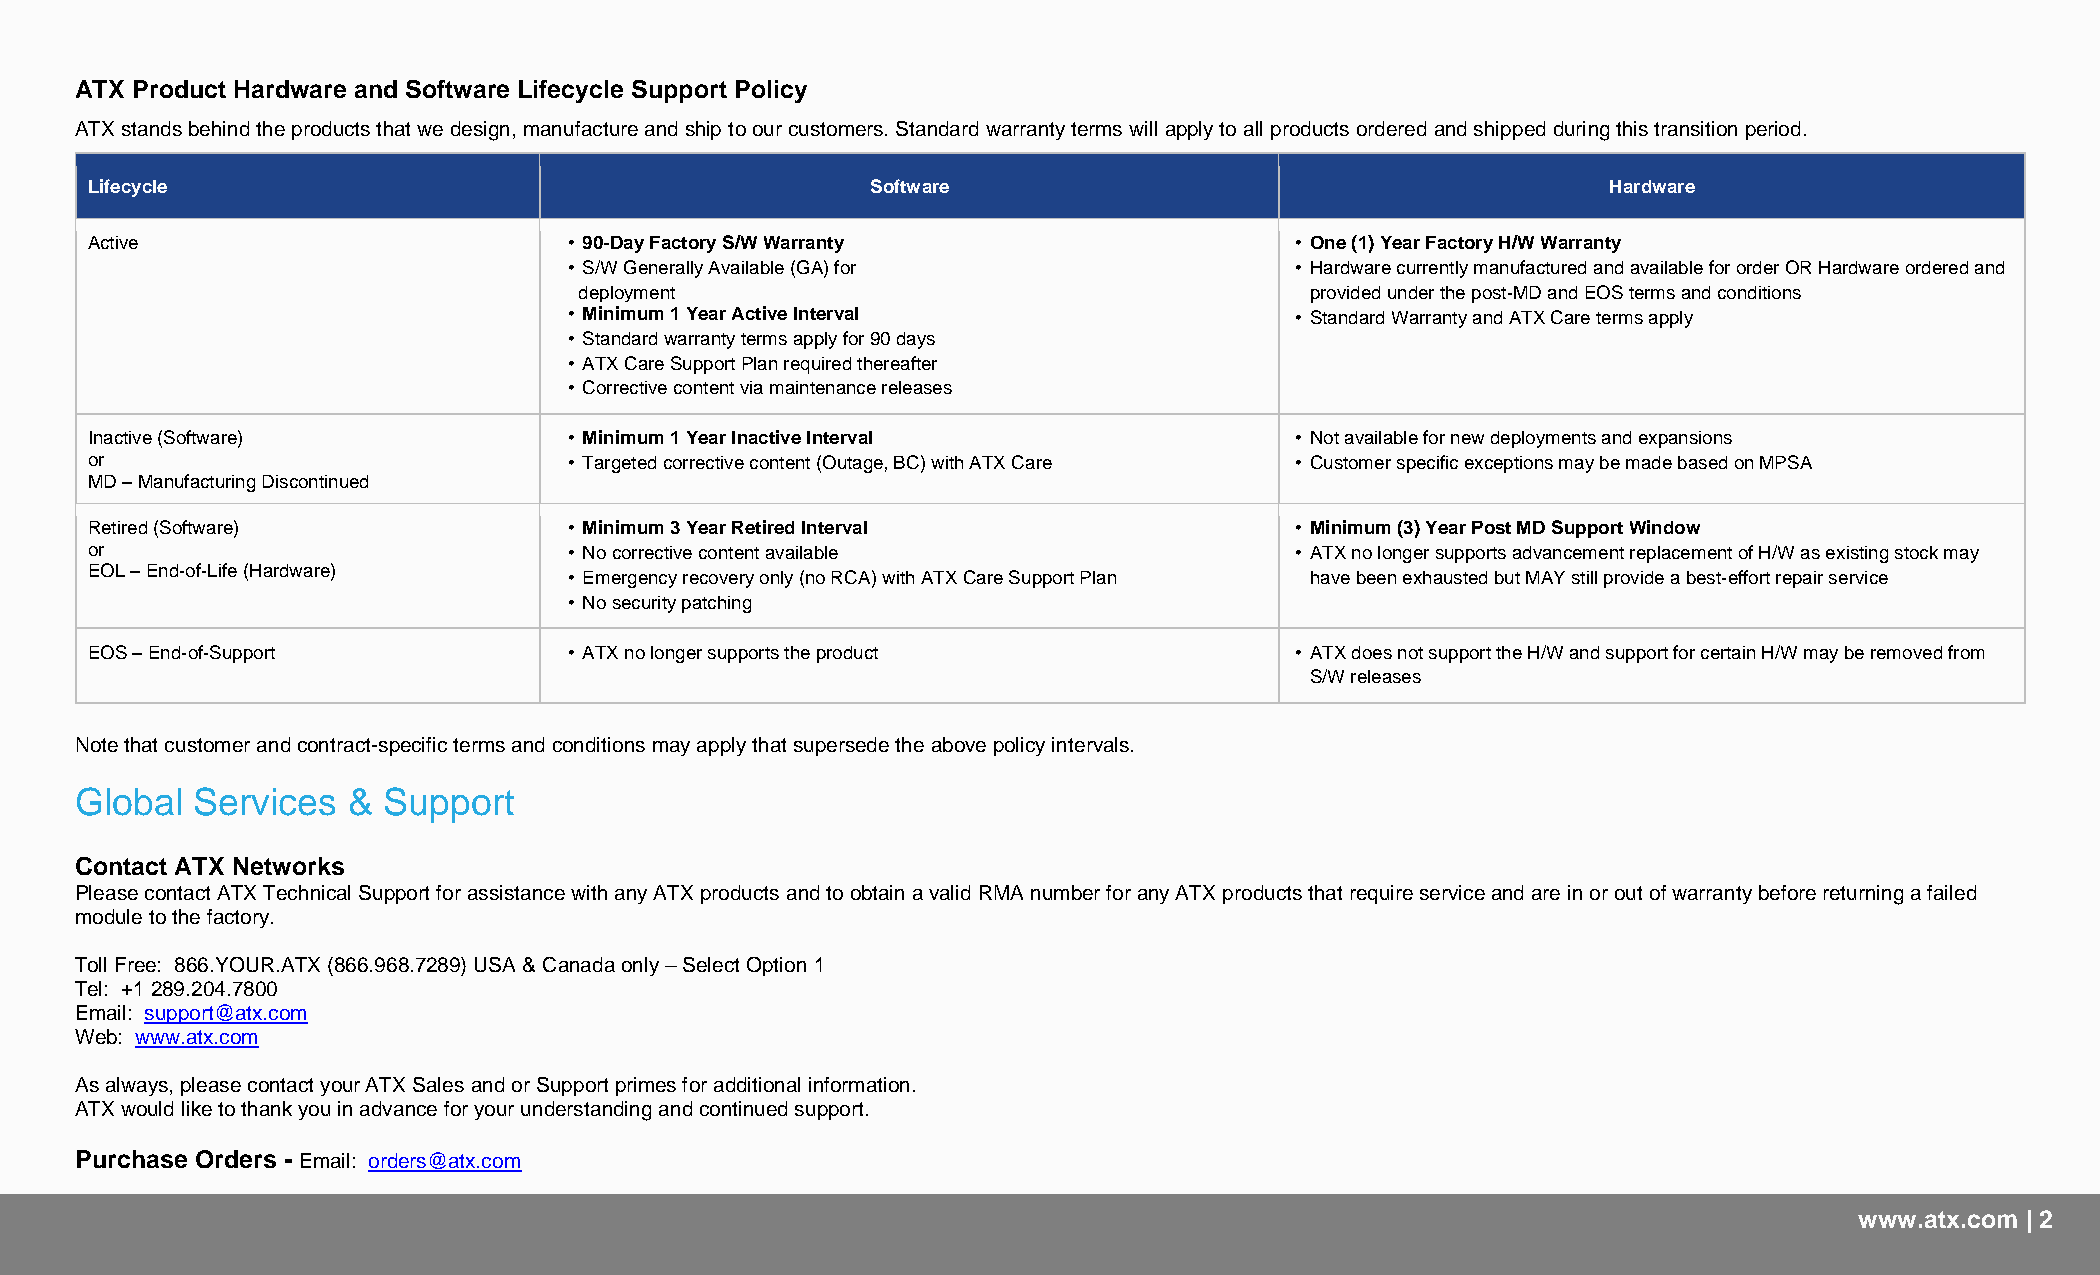
ATX Product Hardware and Software Lifecycle Support Policy
 ATX stands behind the products that we design, manufacture and ship to our customers. Standard warranty terms will apply to all products ordered and shipped during this transition period.
 Lifecycle                                           Software                                         Hardware
 Active                          • 90-Day Factory S/W Warranty                   • One (1) Year Factory H/W Warranty
 • S/W Generally Available (GA) for              • Hardware currently manufactured and available for order OR Hardware ordered and
 deployment                                       provided under the post-MD and EOS terms and conditions
 • Minimum 1 Year Active Interval                • Standard Warranty and ATX Care terms apply
 • Standard warranty terms apply for 90 days
 • ATX Care Support Plan required thereafter
 • Corrective content via maintenance releases
 Inactive (Software)             • Minimum 1 Year Inactive Interval              • Not available for new deployments and expansions
 or                              • Targeted corrective content (Outage, BC) with ATX Care • Customer specific exceptions may be made based on MPSA
 MD – Manufacturing Discontinued
 Retired (Software)              • Minimum 3 Year Retired Interval               • Minimum (3) Year Post MD Support Window
 or                              • No corrective content available               • ATX no longer supports advancement replacement of H/W as existing stock may
 EOL – End-of-Life (Hardware)    • Emergency recovery only (no RCA) with ATX Care Support Plan have been exhausted but MAY still provide a best-effort repair service
 • No security patching
 EOS – End-of-Support            • ATX no longer supports the product            • ATX does not support the H/W and support for certain H/W may be removed from
 S/W releases
 Note that customer and contract-specific terms and conditions may apply that supersede the above policy intervals.
 Global  Services  & Support
 Contact ATX Networks
 Please contact ATX Technical Support for assistance with any ATX products and to obtain a valid RMA number for any ATX products that require service and are in or out of warranty before returning a failed
 module to the factory.
 Toll Free: 866.YOUR.ATX (866.968.7289) USA & Canada only – Select Option 1
 Tel: +1 289.204.7800
 Email: support@atx.com
 Web: www.atx.com
 As always, please contact your ATX Sales and or Support primes for additional information.
 ATX would like to thank you in advance for your understanding and continued support.
 Purchase Orders - Email: orders@atx.com
 www.atxnetworks.com                                                   2
 www.atx.com | 2